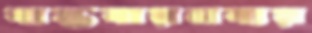
বাস্তবায়নব্যয়